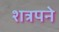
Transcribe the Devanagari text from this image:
शत्रपने